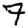
Digit: 7